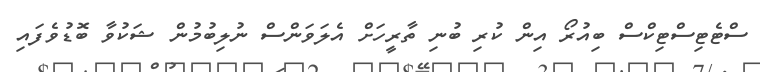
ސްޓެޓިސްޓިކްސް ބިއުރޯ އިން ކުރި ބުނި ތާރީހަށް އެލަވަންސް ނުލިބުމުން ޝަކުވާ ބޮޑުވެފައި